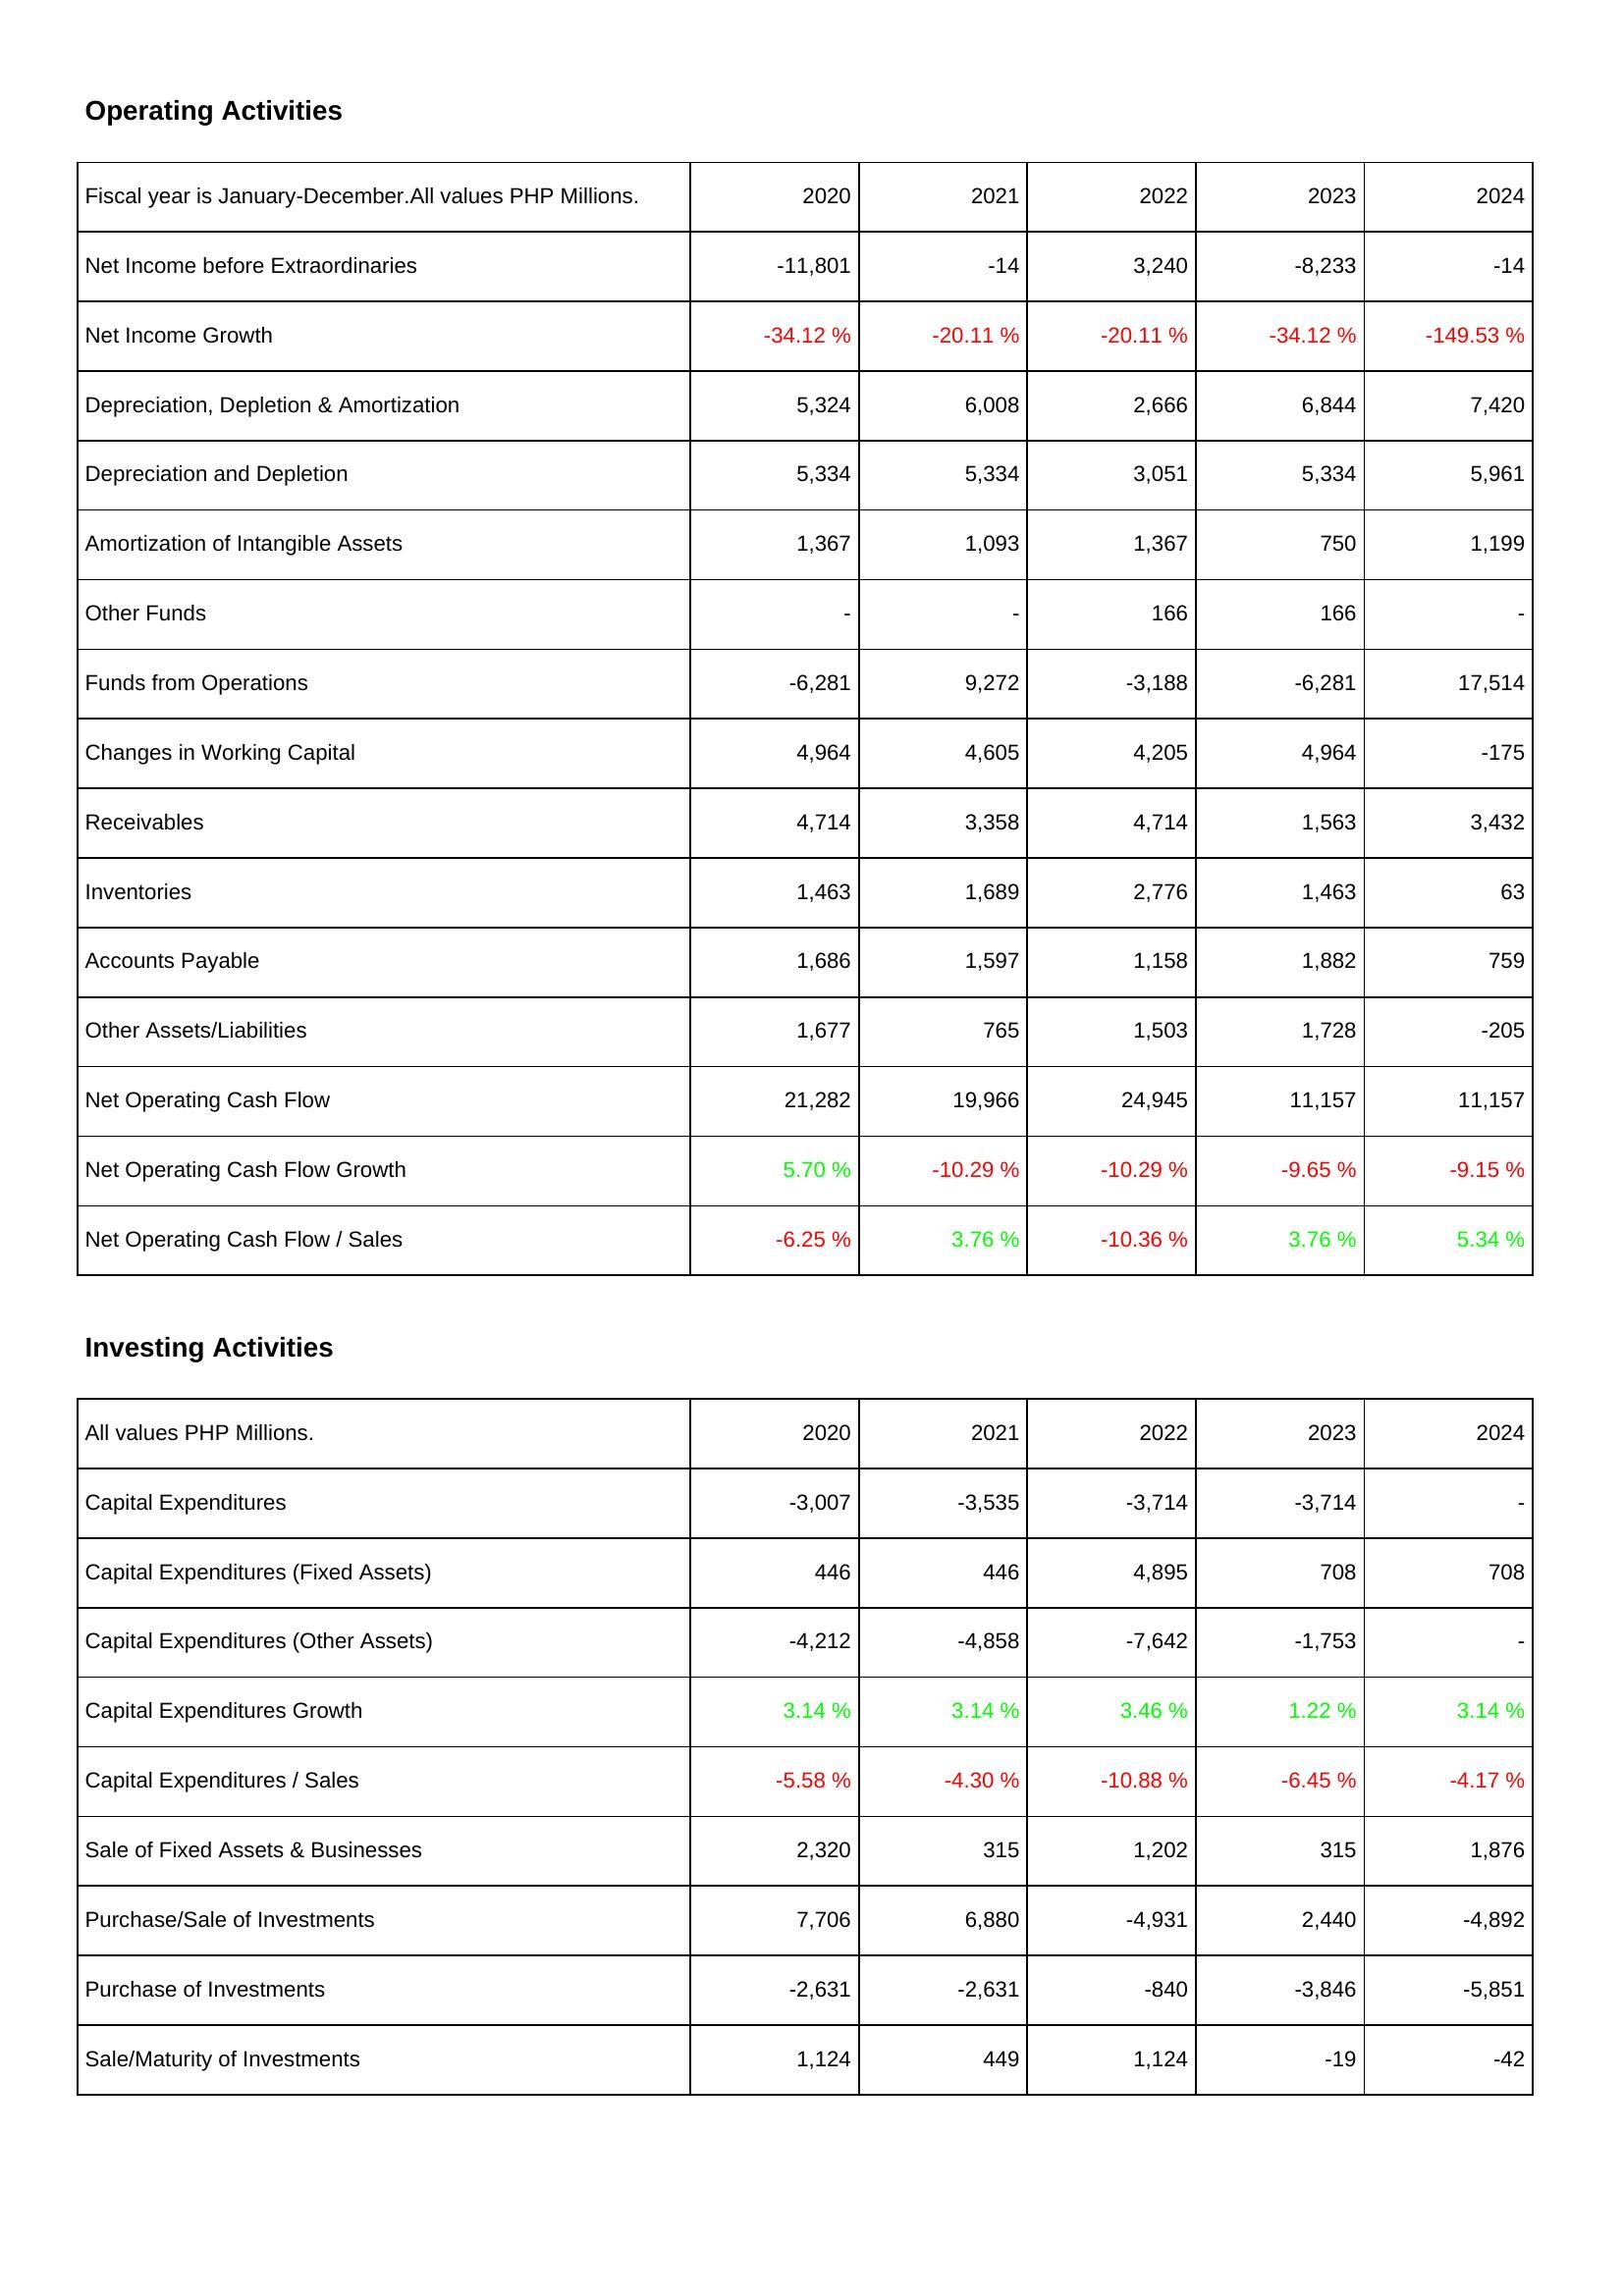
2020: Operating Activities: Net Income before Extraordinaries: -11,801
Net Income Growth: -34.12 %
Depreciation, Depletion & Amortization: 5,324
Depreciation and Depletion: 5,334
Amortization of Intangible Assets: 1,367
Other Funds: -
Funds from Operations: -6,281
Changes in Working Capital: 4,964
Receivables: 4,714
Inventories: 1,463
Accounts Payable: 1,686
Other Assets/Liabilities: 1,677
Net Operating Cash Flow: 21,282
Net Operating Cash Flow Growth: 5.70 %
Net Operating Cash Flow / Sales: -6.25 %
Investing Activities: Capital Expenditures: -3,007
Capital Expenditures (Fixed Assets): 446
Capital Expenditures (Other Assets): -4,212
Capital Expenditures Growth: 3.14 %
Capital Expenditures / Sales: -5.58 %
Sale of Fixed Assets & Businesses: 2,320
Purchase/Sale of Investments: 7,706
Purchase of Investments: -2,631
Sale/Maturity of Investments: 1,124
2021: Operating Activities: Net Income before Extraordinaries: -14
Net Income Growth: -20.11 %
Depreciation, Depletion & Amortization: 6,008
Depreciation and Depletion: 5,334
Amortization of Intangible Assets: 1,093
Other Funds: -
Funds from Operations: 9,272
Changes in Working Capital: 4,605
Receivables: 3,358
Inventories: 1,689
Accounts Payable: 1,597
Other Assets/Liabilities: 765
Net Operating Cash Flow: 19,966
Net Operating Cash Flow Growth: -10.29 %
Net Operating Cash Flow / Sales: 3.76 %
Investing Activities: Capital Expenditures: -3,535
Capital Expenditures (Fixed Assets): 446
Capital Expenditures (Other Assets): -4,858
Capital Expenditures Growth: 3.14 %
Capital Expenditures / Sales: -4.30 %
Sale of Fixed Assets & Businesses: 315
Purchase/Sale of Investments: 6,880
Purchase of Investments: -2,631
Sale/Maturity of Investments: 449
2022: Operating Activities: Net Income before Extraordinaries: 3,240
Net Income Growth: -20.11 %
Depreciation, Depletion & Amortization: 2,666
Depreciation and Depletion: 3,051
Amortization of Intangible Assets: 1,367
Other Funds: 166
Funds from Operations: -3,188
Changes in Working Capital: 4,205
Receivables: 4,714
Inventories: 2,776
Accounts Payable: 1,158
Other Assets/Liabilities: 1,503
Net Operating Cash Flow: 24,945
Net Operating Cash Flow Growth: -10.29 %
Net Operating Cash Flow / Sales: -10.36 %
Investing Activities: Capital Expenditures: -3,714
Capital Expenditures (Fixed Assets): 4,895
Capital Expenditures (Other Assets): -7,642
Capital Expenditures Growth: 3.46 %
Capital Expenditures / Sales: -10.88 %
Sale of Fixed Assets & Businesses: 1,202
Purchase/Sale of Investments: -4,931
Purchase of Investments: -840
Sale/Maturity of Investments: 1,124
2023: Operating Activities: Net Income before Extraordinaries: -8,233
Net Income Growth: -34.12 %
Depreciation, Depletion & Amortization: 6,844
Depreciation and Depletion: 5,334
Amortization of Intangible Assets: 750
Other Funds: 166
Funds from Operations: -6,281
Changes in Working Capital: 4,964
Receivables: 1,563
Inventories: 1,463
Accounts Payable: 1,882
Other Assets/Liabilities: 1,728
Net Operating Cash Flow: 11,157
Net Operating Cash Flow Growth: -9.65 %
Net Operating Cash Flow / Sales: 3.76 %
Investing Activities: Capital Expenditures: -3,714
Capital Expenditures (Fixed Assets): 708
Capital Expenditures (Other Assets): -1,753
Capital Expenditures Growth: 1.22 %
Capital Expenditures / Sales: -6.45 %
Sale of Fixed Assets & Businesses: 315
Purchase/Sale of Investments: 2,440
Purchase of Investments: -3,846
Sale/Maturity of Investments: -19
2024: Operating Activities: Net Income before Extraordinaries: -14
Net Income Growth: -149.53 %
Depreciation, Depletion & Amortization: 7,420
Depreciation and Depletion: 5,961
Amortization of Intangible Assets: 1,199
Other Funds: -
Funds from Operations: 17,514
Changes in Working Capital: -175
Receivables: 3,432
Inventories: 63
Accounts Payable: 759
Other Assets/Liabilities: -205
Net Operating Cash Flow: 11,157
Net Operating Cash Flow Growth: -9.15 %
Net Operating Cash Flow / Sales: 5.34 %
Investing Activities: Capital Expenditures: -
Capital Expenditures (Fixed Assets): 708
Capital Expenditures (Other Assets): -
Capital Expenditures Growth: 3.14 %
Capital Expenditures / Sales: -4.17 %
Sale of Fixed Assets & Businesses: 1,876
Purchase/Sale of Investments: -4,892
Purchase of Investments: -5,851
Sale/Maturity of Investments: -42